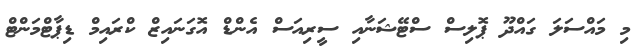
މި މައްސަލަ ގައްދޫ ޕޮލިސް ސްޓޭޝަނާއި ސީރިއަސް އެންޑް އޮގަނައިޒް ކްރައިމް ޑިޕާޓްމަންޓް